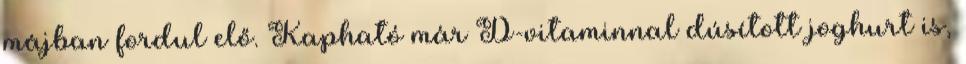
májban fordul elő. Kapható már D-vitaminnal dúsított joghurt is,